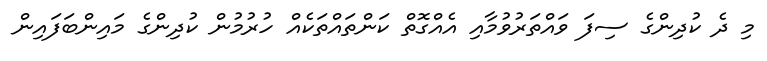
މި ދެ ކުދިންގެ ސިފަ ވައްތަރުވުމާއި އެއްގޮތް ކަންތައްތަކެއް ހުރުމުން ކުދިންގެ މައިންބަފައިން